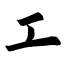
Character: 工